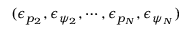
( \epsilon _ { p _ { 2 } } , \epsilon _ { \psi _ { 2 } } , \cdots , \epsilon _ { p _ { N } } , \epsilon _ { \psi _ { N } } )